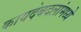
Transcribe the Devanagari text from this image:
कायदेबदलांमध्ये